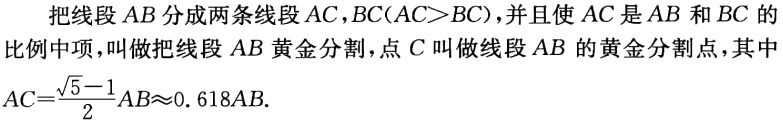
把线段 \(AB\) 分成两条线段 \(AC,BC(AC>BC)\)，并且使 \(AC\) 是 \(AB\) 和 \(BC\) 的比例中项，叫做把线段 \(AB\) 黄金分割，点 \(C\) 叫做线段 \(AB\) 的黄金分割点，其中 \(AC = \frac{\sqrt{5}-1}{2}AB\approx0.618AB\).